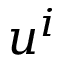
u ^ { i }